Manual of the Civil Veterinary Department, Central Provinces and Berar
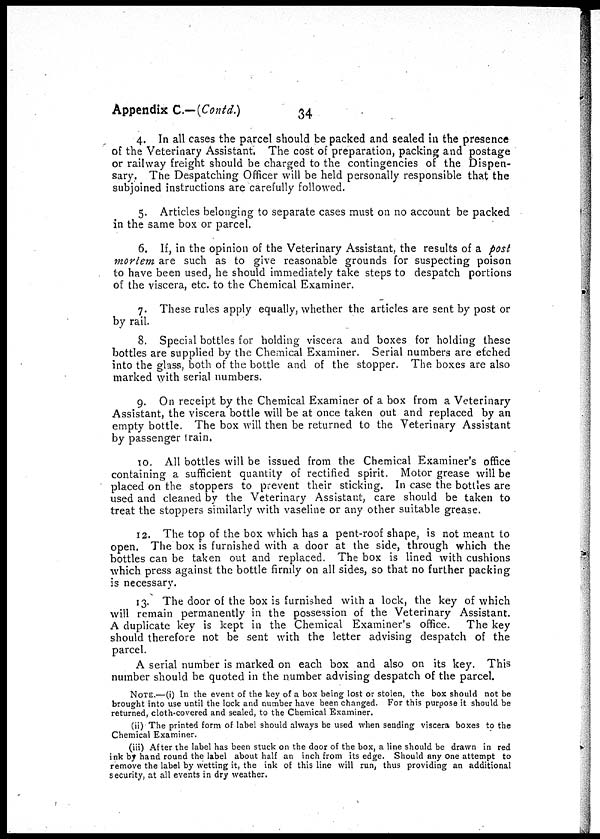
Appendix C.—(Contd.)
34
4. In all cases the parcel should be packed and sealed in the presence
of the Veterinary Assistant The cost of preparation, packing and postage
or railway freight should be charged to the contingencies of the Dispen-
sary. The Despatching Officer will be held personally responsible that the
subjoined instructions are carefully followed.
5. Articles belonging to separate cases must on no account be packed
in the same box or parcel.
6. If, in the opinion of the Veterinary Assistant, the results of a post
mortem are such as to give reasonable grounds for suspecting poison
to have been used, he should immediately take steps to despatch portions
of the viscera, etc. to the Chemical Examiner.
7. These rules apply equally, whether the articles are sent by post or
by rail.
8. Special bottles for holding viscera and boxes for holding these
bottles are supplied by the Chemical Examiner. Serial numbers are etched
into the glass, both of the bottle and of the stopper. The boxes are also
marked with serial numbers.
9. On receipt by the Chemical Examiner of a box from a Veterinary
Assistant, the viscera bottle will be at once taken out and replaced by an
empty bottle. The box will then be returned to the Veterinary Assistant
by passenger train.
10. All bottles will be issued from the Chemical Examiner's office
containing a sufficient quantity of rectified spirit. Motor grease will be
placed on the stoppers to prevent their sticking. In case the bottles are
used and cleaned by the Veterinary Assistant, care should be taken to
treat the stoppers similarly with vaseline or any other suitable grease.
12. The top of the box which has a pent-roof shape, is not meant to
open. The box is furnished with a door at the side, through which the
bottles can be taken out and replaced. The box is lined with cushions
which press against the bottle firmly on all sides, so that no further packing
is necessary.
13. The door of the box is furnished with a lock, the key of which
will remain permanently in the possession of the Veterinary Assistant.
A duplicate key is kept in the Chemical Examiner's office. The key
should therefore not be sent with the letter advising despatch of the
parcel.
A serial number is marked on each box and also on its key. This
number should be quoted in the number advising despatch of the parcel
NOTE.—(i) In the event of the key of a box being lost or stolen, the box should not be
brought into use until the lock and number have been changed. For this purpose it should be
returned, cloth-covered and sealed, to the Chemical Examiner.
(ii) The printed form of label should always be used when sending viscera boxes to the
Chemical Examiner.
(iii) After the label has been stuck on the door of the box, a line should be drawn in red
ink by hand round the label about half an inch from its edge. Should any one attempt to
remove the label by wetting it, the ink of this line will run, thus providing an additional
security, at all events in dry weather.